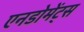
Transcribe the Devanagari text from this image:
एनडोमेंट्स